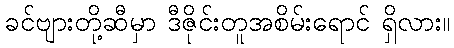
ခင်ဗျားတို့ဆီမှာ ဒီဇိုင်းတူအစိမ်းရောင် ရှိလား။